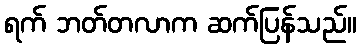
ရက် ဘတ်တလာက ဆက်ပြန်သည်။